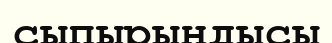
сыпырындысы